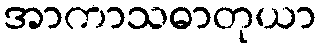
အာကာသဓာတုယာ